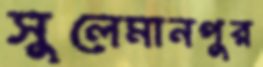
সুলেমানপুর